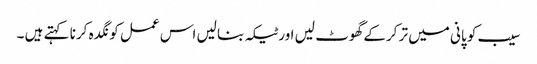
سیب کو پانی میں تر کرکے گھوٹ لیں اور ٹیکہ بنا لیں اس عمل کو نگدہ کرنا کہتے ہیں ۔